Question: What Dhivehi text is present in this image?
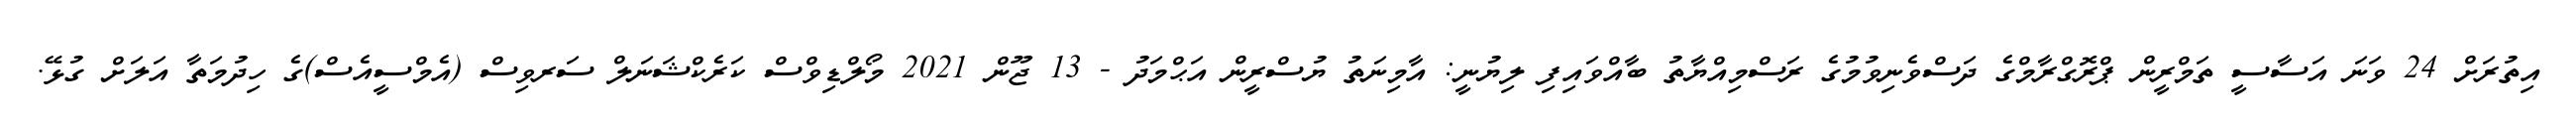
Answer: އިތުރަށް 24 ވަނަ އަސާސީ ތަމްރީން ޕްރޮގްރާމްގެ ދަސްވެނިވުމުގެ ރަސްމިއްޔާތު ބާއްވައިފި ލިޔުނީ: އާމިނަތު ޔުސްރީން އަޙްމަދު - 13 ޖޫން 2021 މޯލްޑިވްސް ކަރެކްޝަނަލް ސަރވިސް (އެމްސީއެސް)ގެ ހިދުމަތާ އަލަށް ގުޅޭ.